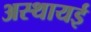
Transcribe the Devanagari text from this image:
अस्थायई